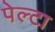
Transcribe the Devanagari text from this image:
पेल्टा